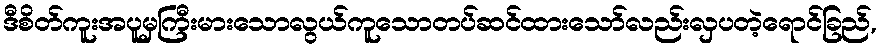
ဒီစိတ်ကူးအပူမှကြီးမားသောလွယ်ကူသောတပ်ဆင်ထားသော်လည်းလှပတဲ့ရောင်ခြည်,